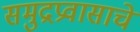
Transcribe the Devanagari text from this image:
समुद्रप्रवासाचे